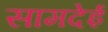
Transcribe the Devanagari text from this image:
सामदेई